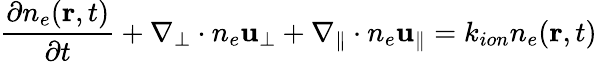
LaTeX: \frac{\partial n_{e}(\mathbf{r},t)}{\partial t}+\nabla_{\perp}\cdot n_{e}\mathbf{u_{\perp}}+\nabla_{\parallel}\cdot n_{e}\mathbf{u_{\parallel}}=k_{ion}n_{e}(\mathbf{r},t)